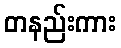
တနည်းကား